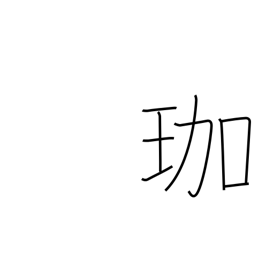
Meaning: ornamental hairpin